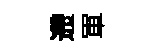
遰軍